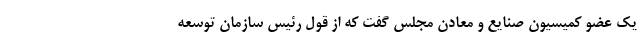
یک عضو کمیسیون صنایع و معادن مجلس گفت که از قول رئیس سازمان توسعه